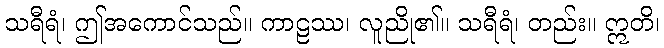
သရီရံ၊ ဤအကောင်သည်။ ကာဠဿ၊ လူညို၏။ သရီရံ၊ တည်း။ ဣတိ၊